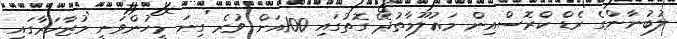
ލުބުނާންގެ ރެޑް ކްރޮސްއިން މަޢުލޫމާތުދޭ ގޮތުގައި 100އަށް ވުރެ ގިނަ މީހުންވަނީ މުޒާހަރާގައި